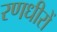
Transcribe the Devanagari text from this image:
रणधीरों